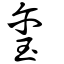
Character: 鉩